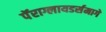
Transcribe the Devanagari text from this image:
पॅराग्लायडर्समागे